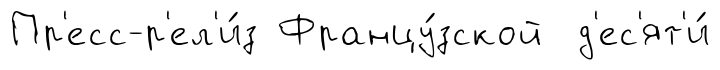
Пр'есс-р'ел'и́з Францу́зской д'ес'ят'и́